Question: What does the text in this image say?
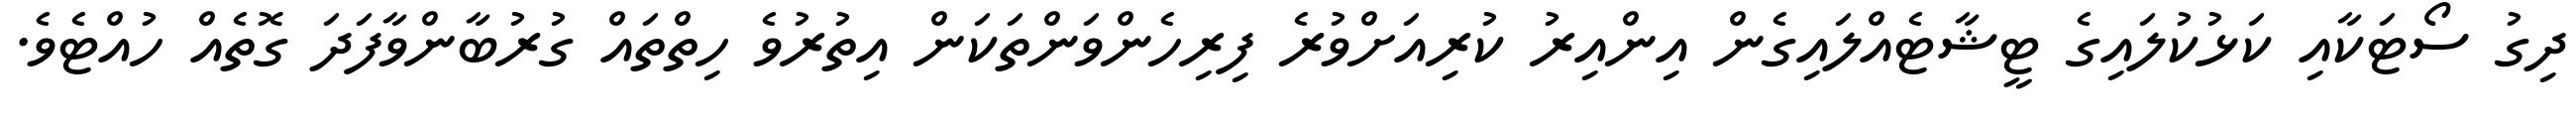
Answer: ދިގު ސޯޓަކާއި ކަޅުކުލައިގެ ޓީޝާޓެއްލައިގެން އިންއިރު ކުރިއަށްވުރެ ފިރިހެންވަންތަކަން އިތުރުވެ ހިތްތައް ގުރުބާންވާފަދަ ގޮތެއް ހުއްޓެވެ.